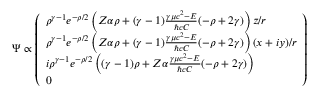
\Psi \propto { \left( \begin{array} { l } { \rho ^ { \gamma - 1 } e ^ { - \rho / 2 } \left( Z \alpha \rho + ( \gamma - 1 ) { \frac { \gamma \mu c ^ { 2 } - E } { \hbar c C } } ( - \rho + 2 \gamma ) \right) z / r } \\ { \rho ^ { \gamma - 1 } e ^ { - \rho / 2 } \left( Z \alpha \rho + ( \gamma - 1 ) { \frac { \gamma \mu c ^ { 2 } - E } { \hbar c C } } ( - \rho + 2 \gamma ) \right) ( x + i y ) / r } \\ { i \rho ^ { \gamma - 1 } e ^ { - \rho / 2 } \left( ( \gamma - 1 ) \rho + Z \alpha { \frac { \gamma \mu c ^ { 2 } - E } { \hbar c C } } ( - \rho + 2 \gamma ) \right) } \\ { 0 } \end{array} \right) }